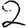
Digit: 2